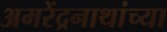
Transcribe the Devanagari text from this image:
अमरेंद्रनाथांच्या